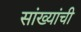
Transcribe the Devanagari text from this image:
सांख्यांची